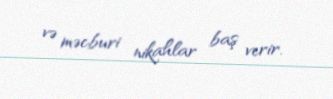
və məcburi nikahlar baş verir.